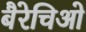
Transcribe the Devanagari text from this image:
बैरेचिओ